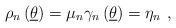
LaTeX: \begin{align*}\rho _{n}\left( \underline{\theta }\right) =\mu _{n}\gamma_{n}\left( \underline{\theta }\right) =\eta _{n}~, \end{align*}